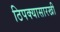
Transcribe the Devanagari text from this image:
ठिपक्यासारखी